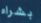
بشراء